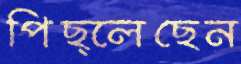
পিছ্‌লেছেন